Vaccination in the Punjab 1919-1929 - 1919-1929
Year: 1919
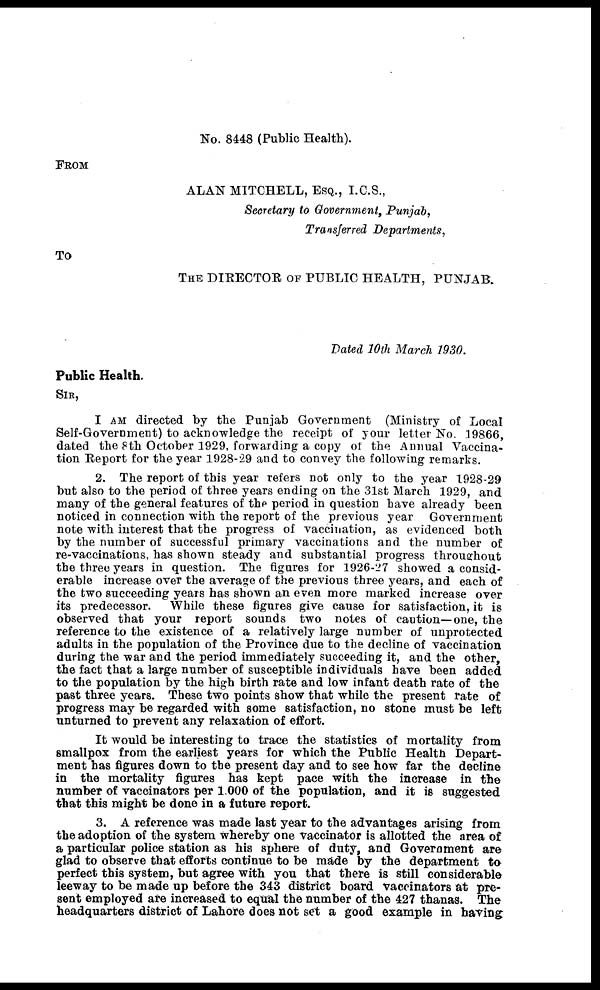
No. 8448 (Public Health).
FROM
ALAN MITCHELL, ESQ., I.C.S.,
Secretary to Government, Punjab,
Transferred Departments,
To
THE DIRECTOR OF PUBLIC HEALTH, PUNJAB.
Dated 10th March 1930.
Public Health.
SIR,
I AM directed by the Punjab Government (Ministry of Local
Self-Government) to acknowledge the receipt of your letter No. 19866,
dated the 8th October 1929, forwarding a copy of the Annual Vaccina-
tion Report for the year 1928-29 and to convey the following remarks.
2. The report of this year refers not only to the year 1928-29
but also to the period of three years ending on the 31st March 1929, and
many of the general features of the period in question have already been
noticed in connection with the report of the previous year Government
note with interest that the progress of vaccination, as evidenced both
by the number of successful primary vaccinations and the number of
re-vaccinations, has shown steady and substantial progress throughout
the three years in question. The figures for 1926-27 showed a consid-
erable increase over the average of the previous three years, and each of
the two succeeding years has shown an even more marked increase over
its predecessor. While these figures give cause for satisfaction, it is
observed that your report sounds two notes of caution—one, the
reference to the existence of a relatively large number of unprotected
adults in the population of the Province due to the decline of vaccination
during the war and the period immediately succeeding it, and the other,
the fact that a large number of susceptible individuals have been added
to the population by the high birth rate and low infant death rate of the
past three years. These two points show that while the present rate of
progress may be regarded with some satisfaction, no stone must be left
unturned to prevent any relaxation of effort.
It would be interesting to trace the statistics of mortality from
smallpox from the earliest years for which the Public Health Depart-
ment has figures down to the present day and to see how far the decline
in the mortality figures has kept pace with the increase in the
number of vaccinators per 1,000 of the population, and it is suggested
that this might be done in a future report.
3. A reference was made last year to the advantages arising from
the adoption of the system whereby one vaccinator is allotted the area of
a particular police station as his sphere of duty, and Government are
glad to observe that efforts continue to be made by the department to
perfect this system, but agree with you that there is still considerable
leeway to be made up before the 343 district board vaccinators at pre-
sent employed are increased to equal the number of the 427 thanas. The
headquarters district of Lahore does not set a good example in having